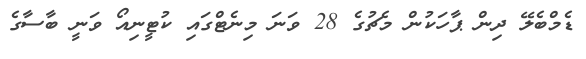
ޑެމްބެލޭ ދިން ޕާހަކުން މެޗުގެ 28 ވަނަ މިނެޓްގައި ކުޓީނިއޯ ވަނީ ބާސާގެ